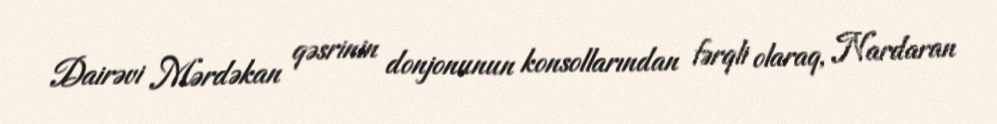
Dairəvi Mərdəkan qəsrinin donjonunun konsollarından fərqli olaraq, Nardaran